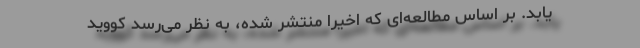
‌یابد. بر اساس مطالعه‌ای که اخیرا منتشر شده، به نظر می‌رسد کووید